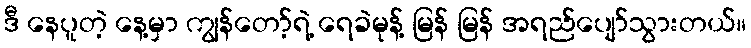
ဒီ နေပူတဲ့ နေ့မှာ ကျွန်တော့်ရဲ့ ရေခဲမုန့် မြန် မြန် အရည်ပျော်သွားတယ်။